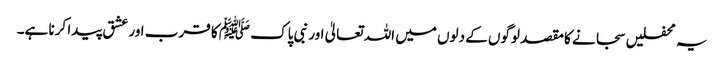
یہ محفلیں سجانے کا مقصد لوگوں کے دلوں میں اللہ تعالیٰ اور نبی پاک ﷺ کا قرب اور عشق پیدا کرنا ہے۔